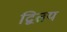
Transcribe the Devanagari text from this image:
द्वितय